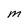
Character: M